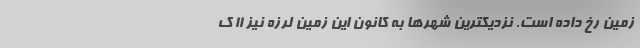
زمین رخ داده است. نزدیکترین شهرها به کانون این زمین لرزه نیز ۱۱ ک